Report on lock hospitals in British Burma
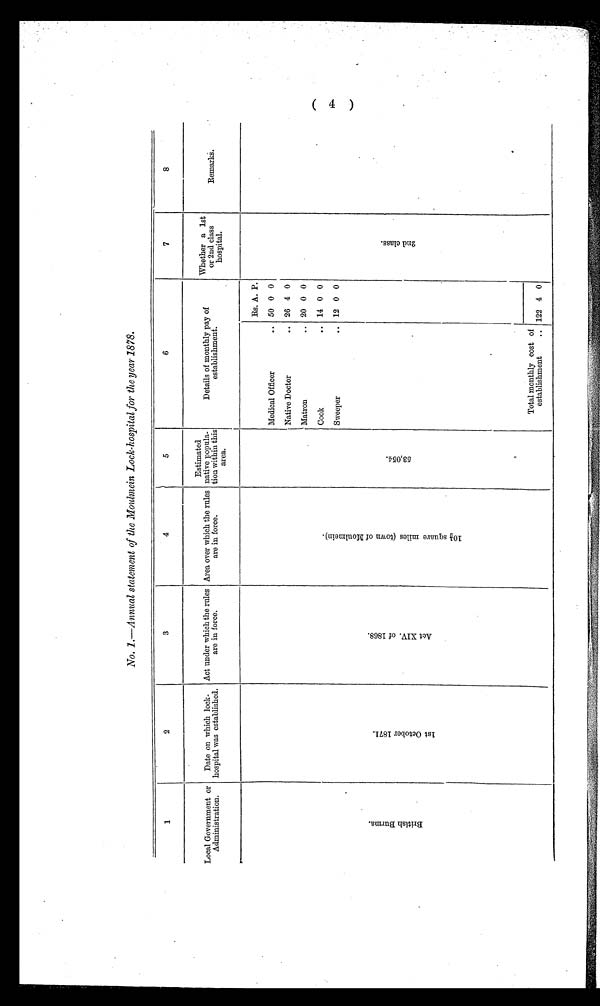
No. 1.—Annual statement of the Moulmein Lock-hospital for the year 1878.
1
2
3
4
5
6
7
8
Local Government or
Administration.
Date on which lock-
hospital was established.
Act under which the rules
are in force.
Area over which the rules
are in force.
Estimated
native popula-
tion within this
area.
Details of monthly pay of
establishment.
Whether a 1st
or 2nd class.
hospital.
Remarks.
RS. A. P.
Medical Officer
.. 50 0 0
Native Doctor
.. 26 4 0
Matron
.. 20 0 0
B r i t i s h B u r m a .
1 s t O c t o b e r 1 8 7 1 .
A c t X I V . o f 1 8 6 8 .
1 0 1 / 2 s q u a r e m i l e s ( t o w n o f M o u l m e i n ) .
5 3 , 0 5 4 .
Cook
.. 14 0 0
2 n d c l a s s
Sweeper
.. 12 0 0
Total monthly cost of
establishment
.. 122 4 0
( 4 )